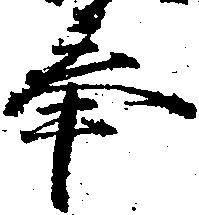
奉